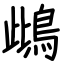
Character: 䳄